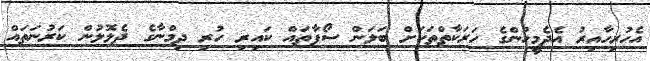
އެހުރިހާއިރު އެދެމީހުންގެ ހަރަކާތްތަކަށް ބަލަން ސޯފާތައް ކައިރި ހުރި ދިމްނާގެ ދެލޮލުން ކަރުނަތައް